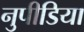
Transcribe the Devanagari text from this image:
नुपीडिया